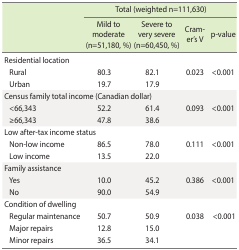
| <ROWSPAN=2>  | <COLSPAN=4> Total (weighted n=111,630) |
 | Mild to moderate (n=51,180, %) | Severe to very severe (n=60,450, %) | Cramer’s V | p-value |
 | --- | --- | --- | --- | --- |
 | Residential location |  |  |  |  |
 | Rural | 80.3 | 82.1 | 0.023 | <0.001 |
 | Urban | 19.7 | 17.9 |  |  |
 | <COLSPAN=2> Census family total income (Canadian dollar) |  |  |  |
 | <66,343 | 52.2 | 61.4 | 0.093 | <0.001 |
 | ≥66,343 | 47.8 | 38.6 |  |  |
 | Low after-tax income status |  |  |  |  |
 | Non-low income | 86.5 | 78.0 | 0.111 | <0.001 |
 | Low income | 13.5 | 22.0 |  |  |
 | Family assistance |  |  |  |  |
 | Yes | 10.0 | 45.2 | 0.386 | <0.001 |
 | No | 90.0 | 54.9 |  |  |
 | Condition of dwelling |  |  |  |  |
 | Regular maintenance | 50.7 | 50.9 | 0.038 | <0.001 |
 | Major repairs | 12.8 | 15.0 |  |  |
 | Minor repairs | 36.5 | 34.1 |  |  |